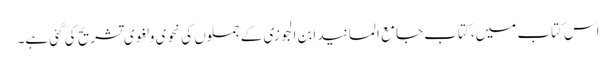
اس کتاب میں، کتاب جامع المسانید ابن الجوزی کے جملوں کی نحوی و لغوی تشریح کی گئی ہے۔